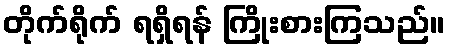
တိုက်ရိုက် ရရှိရန် ကြိုးစားကြသည်။